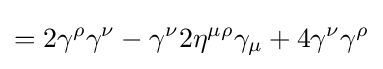
=2\gamma ^{\rho }\gamma ^{\nu }-\gamma ^{\nu }2\eta ^{\mu \rho }\gamma _{\mu }+4\gamma ^{\nu }\gamma ^{\rho }